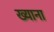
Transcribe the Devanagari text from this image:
ख्याना